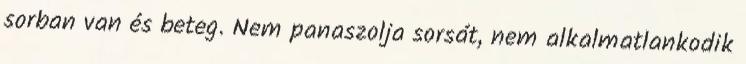
sorban van és beteg. Nem panaszolja sorsát, nem alkalmatlankodik